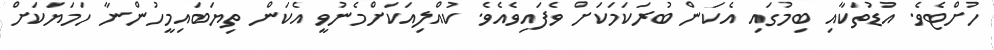
ހުށްޓެވެ. އުޑުތަކާއި ބިމުގައި އެކަން ބުރަކަމަކަށް ވެފައިވެއެވެ. ކުއްލިއަކަށްމެނުވީ އެކަން ތިޔަބައިމީހުންނާ ހަމަޔަކަށް